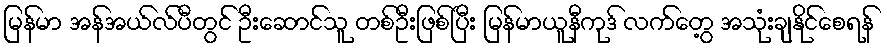
မြန်မာ အန်အယ်လ်ပီတွင် ဦးဆောင်သူ တစ်ဦးဖြစ်ပြီး မြန်မာယူနီကုဒ် လက်တွေ့ အသုံးချနိုင်စေရန်